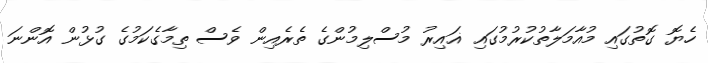
ހެޔޮ ގޮތުގައި މުއާމަލާތުކުރުމުގައި ޣައިރު މުސްލިމުންގެ ތެރެއިން ވެސް ތިމާގެކަމުގެ ގުޅުން އޮންނަ